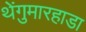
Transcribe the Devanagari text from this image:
थेंगुमारहाडा